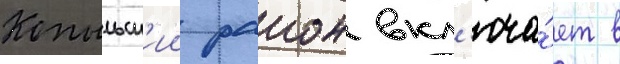
Копыльск'ии раион вкл'юча́ет в